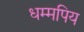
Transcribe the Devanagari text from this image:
धम्मपिय